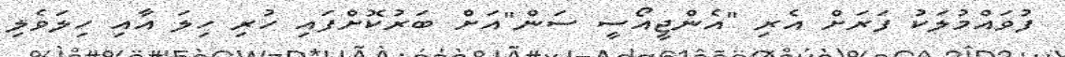
ފުވައްމުލަކު ފަރަށް އެރި "އެންޖީއޯސީ ސަން"އަށް ބަރުކޮށްފައި ހުރި ހިލަ އާއި ހިލަވެލި